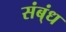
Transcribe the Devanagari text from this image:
संब्ंध